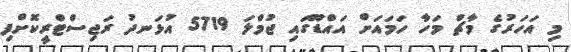
މި އަހަރުގެ މާޗް މަހާ ހަމައަށް އައްޑޫގައި ޖުމްލަ 5719 އުޅަނދު ރަޖިސްޓްރީކޮށްފި